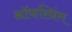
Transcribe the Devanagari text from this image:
ऑफस्प्रिंग